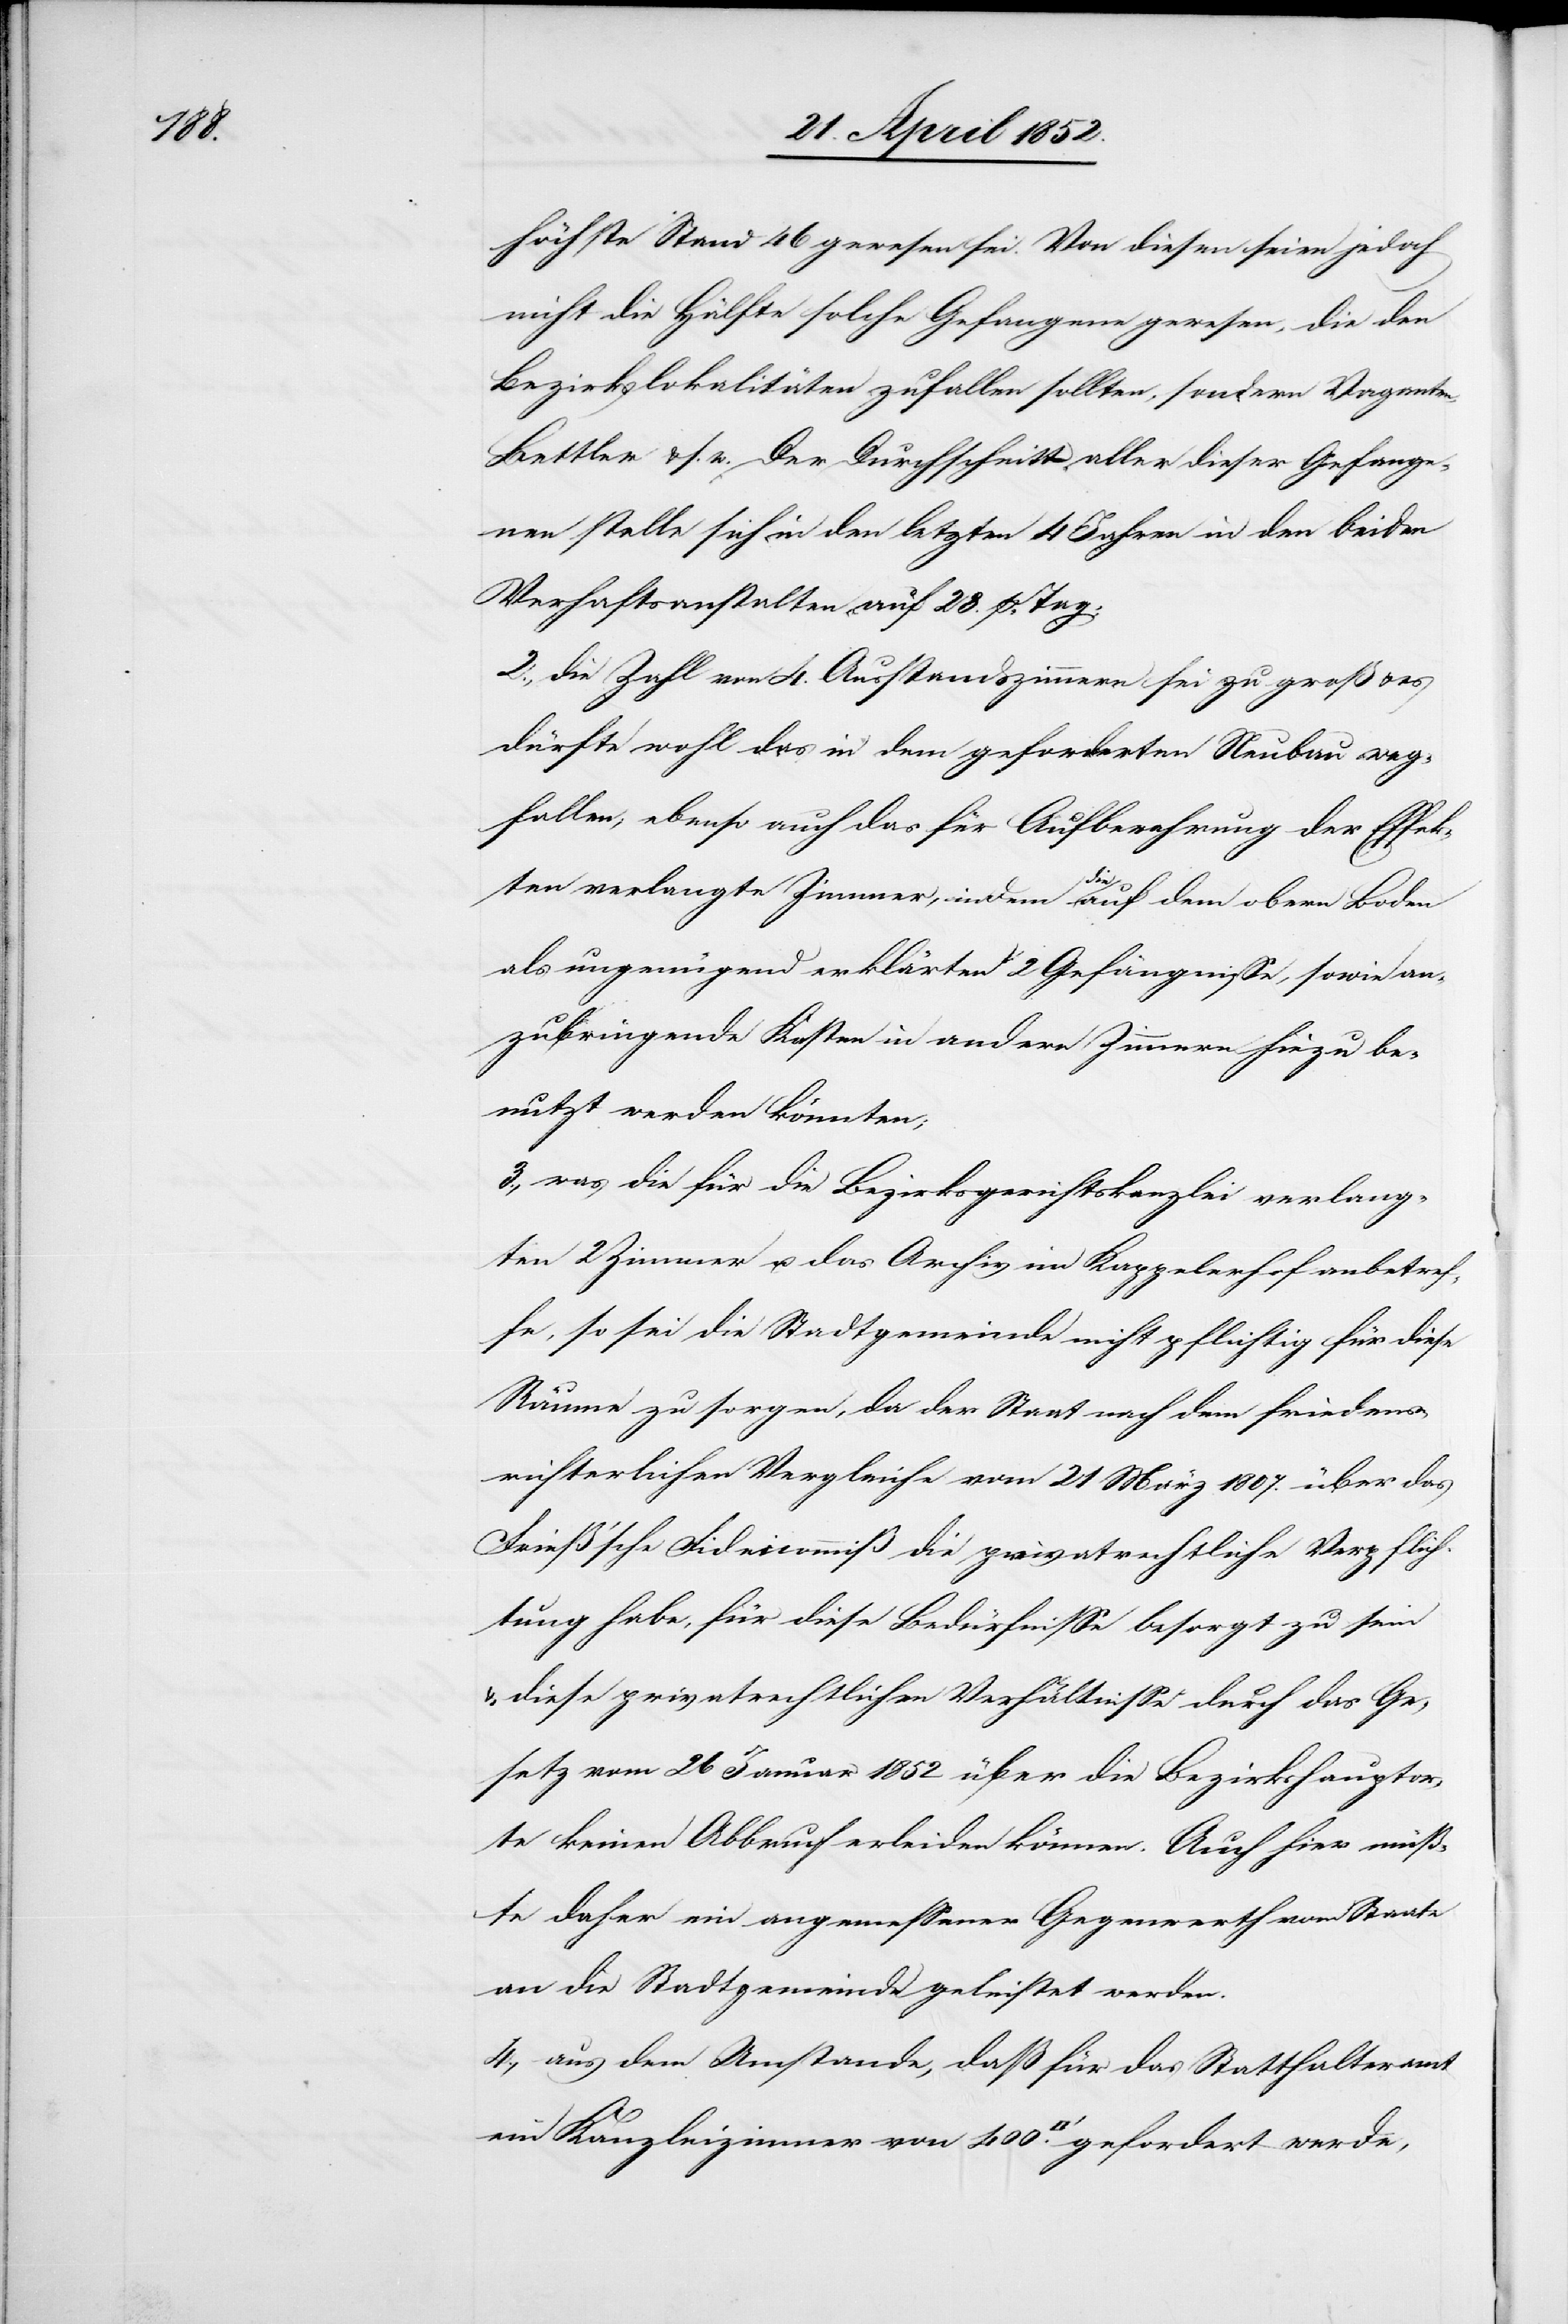
höchste Stand 46 gewesen sei. Von diesen seien jedoch
nicht die Hälfte solche Gefangene gewesen, die den
Bezirkslokalitäten zufallen sollten, sondern Vaganten,
Bettler & s. w. Der Durchschnitt aller dieser Gefange¬
nen stelle sich in den letzten 4 Jahren in den beiden
Verhaftsanstalten auf 28. p. Tag;
2., die Zahl von 4. Ausstandszimmern sei zu groß & es
dürfte wohl das in dem geforderten Neubau weg¬
fallen, ebenso auch das für Aufbewahrung der Effek¬
ten verlangte Zimmer, indem die auf dem obern Boden
als ungenügend erklärten 2 Gefängnisse, sowie an¬
zubringende Kästen in andern Zimmern hiezu be¬
nutzt werden könnten;
3., was die für die Bezirksgerichtskanzlei verlang¬
ten 2 Zimmer u. das Archiv im Kappelerhof anbetref¬
fe, so sei die Stadtgemeinde nicht pflichtig für diese
Räume zu sorgen, da der Staat nach dem friedens¬
richterlichen Vergleiche vom 21 März 1807. über das
Frieß’sche Fideicommiß die privatrechtliche Verpflich¬
tung habe, für diese Bedürfnisse besorgt zu sein
& diese privatrechtlichen Verhältnisse durch das Ge¬
setz vom 26 Januar 1852 über die Bezirkshauptor¬
te keinen Abbruch erleiden können. Auch hier müß¬
te daher ein angemessener Gegenwerth vom Staate
an die Stadtgemeinde geleistet werden.
4., aus dem Umstande, daß für das Statthalteramt
ein Kanzleizimmer von 400. [Quadratfuß] gefordert werde,